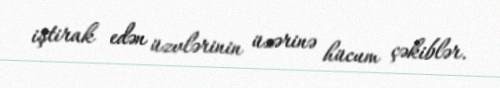
iştirak edən üzvlərinin üzərinə hücum çəkiblər.